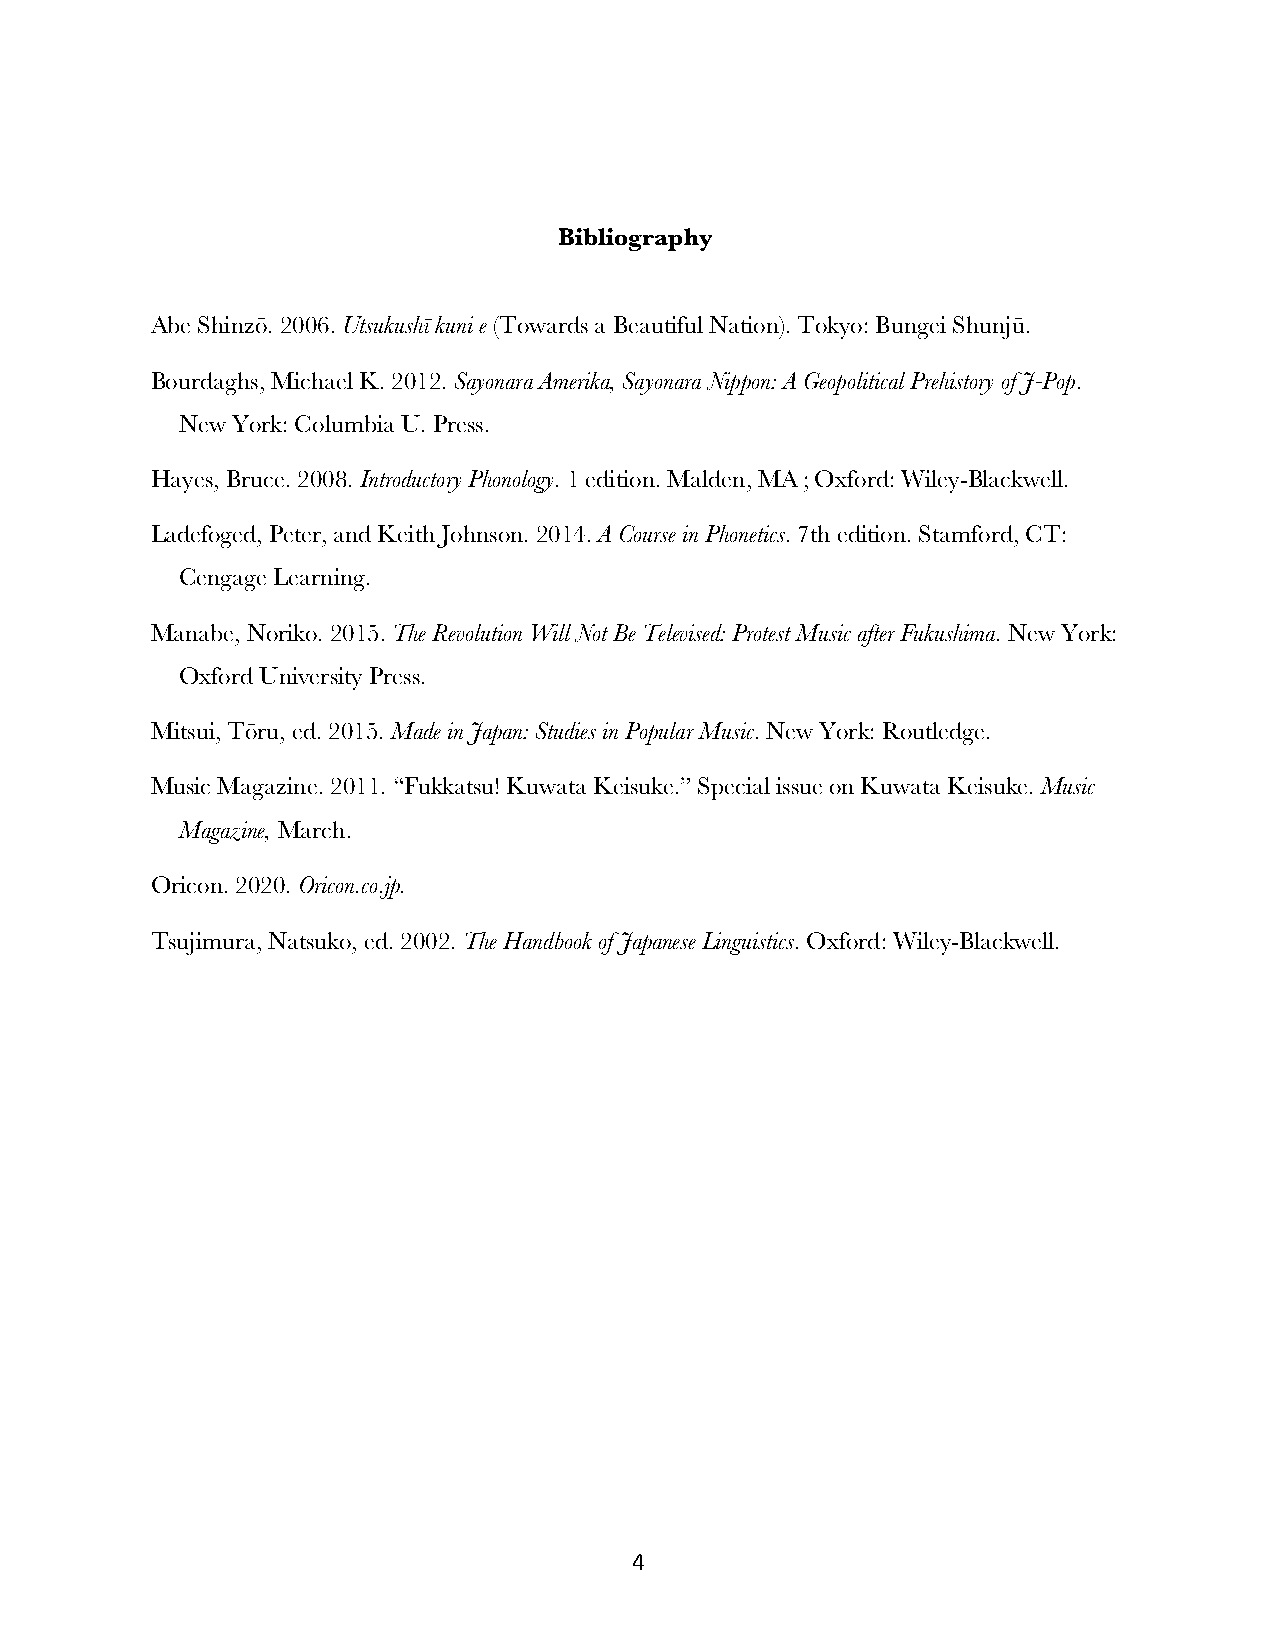
Bibliography
 Abe Shinzō. 2006. Utsukushī kuni e (Towards a Beautiful Nation). Tokyo: Bungei Shunjū.
 Bourdaghs, Michael K. 2012. Sayonara Amerika, Sayonara Nippon: A Geopolitical Prehistory of J-Pop.
 New York: Columbia U. Press.
 Hayes, Bruce. 2008. Introductory Phonology. 1 edition. Malden, MA ; Oxford: Wiley-Blackwell.
 Ladefoged, Peter, and Keith Johnson. 2014. A Course in Phonetics. 7th edition. Stamford, CT:
 Cengage Learning.
 Manabe, Noriko. 2015. The Revolution Will Not Be Televised: Protest Music after Fukushima. New York:
 Oxford University Press.
 Mitsui, Tōru, ed. 2015. Made in Japan: Studies in Popular Music. New York: Routledge.
 Music Magazine. 2011. “Fukkatsu! Kuwata Keisuke.” Special issue on Kuwata Keisuke. Music
 Magazine, March.
 Oricon. 2020. Oricon.co.jp.
 Tsujimura, Natsuko, ed. 2002. The Handbook of Japanese Linguistics. Oxford: Wiley-Blackwell.
 4